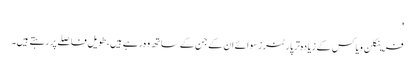
'
فرینکلن ویاکس کے زیادہ تر پارٹنرز سوائے ان کے جن کے ساتھ وہ رہے ہیں، طویل فاصلے پر رہتے ہیں۔